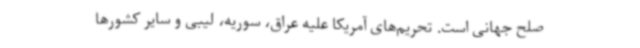
صلح جهانی است. تحریم‌های آمریکا علیه عراق، سوریه، لیبی و سایر کشورها